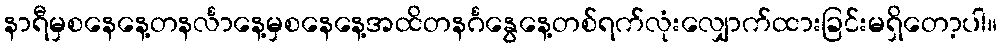
နာရီမှစနေနေ့တနင်္လာနေ့မှစနေနေ့အထိတနင်္ဂနွေနေ့တစ်ရက်လုံးလျှောက်ထားခြင်းမရှိတော့ပါ။